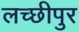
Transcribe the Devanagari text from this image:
लच्छीपुर